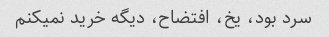
سرد بود، یخ، افتضاح، دیگه خرید نمیکنم